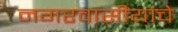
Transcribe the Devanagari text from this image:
नगरवासीयांचे